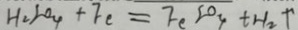
H _ { 2 } S O _ { 4 } + F e _ { = } F e S O _ { 4 } + H _ { 2 } \uparrow